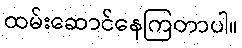
ထမ်းဆောင်နေကြတာပါ။